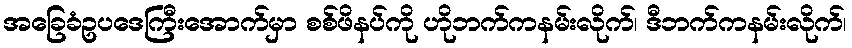
အခြေခံဥပဒေကြီးအောက်မှာ စစ်ဖိနပ်ကို ဟိုဘက်ကနမ်းလိုက်၊ ဒီဘက်ကနမ်းလိုက်၊